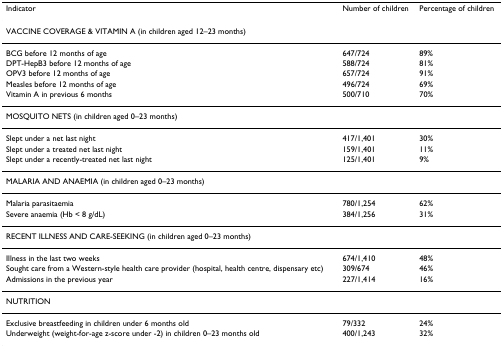
<table><thead><tr><td><b>Indicator</b></td><td><b>Number of children</b></td><td><b>Percentage of children</b></td></tr></thead><tbody><tr><td colspan="3">VACCINE COVERAGE &amp; VITAMIN A (in children aged 12–23 months)</td></tr><tr><td>BCG before 12 months of age</td><td>647/724</td><td>89%</td></tr><tr><td>DPT-HepB3 before 12 months of age</td><td>588/724</td><td>81%</td></tr><tr><td>OPV3 before 12 months of age</td><td>657/724</td><td>91%</td></tr><tr><td>Measles before 12 months of age</td><td>496/724</td><td>69%</td></tr><tr><td>Vitamin A in previous 6 months</td><td>500/710</td><td>70%</td></tr><tr><td colspan="3">MOSQUITO NETS (in children aged 0–23 months)</td></tr><tr><td>Slept under a net last night</td><td>417/1,401</td><td>30%</td></tr><tr><td>Slept under a treated net last night</td><td>159/1,401</td><td>11%</td></tr><tr><td>Slept under a recently-treated net last night</td><td>125/1,401</td><td>9%</td></tr><tr><td colspan="3">MALARIA AND ANAEMIA (in children aged 0–23 months)</td></tr><tr><td>Malaria parasitaemia</td><td>780/1,254</td><td>62%</td></tr><tr><td>Severe anaemia (Hb &lt; 8 g/dL)</td><td>384/1,256</td><td>31%</td></tr><tr><td colspan="3">RECENT ILLNESS AND CARE-SEEKING (in children aged 0–23 months)</td></tr><tr><td>Illness in the last two weeks</td><td>674/1,410</td><td>48%</td></tr><tr><td>Sought care from a Western-style health care provider (hospital, health centre, dispensary etc)</td><td>309/674</td><td>46%</td></tr><tr><td>Admissions in the previous year</td><td>227/1,414</td><td>16%</td></tr><tr><td colspan="3">NUTRITION</td></tr><tr><td>Exclusive breastfeeding in children under 6 months old</td><td>79/332</td><td>24%</td></tr><tr><td>Underweight (weight-for-age z-score under -2) in children 0–23 months old</td><td>400/1,243</td><td>32%</td></tr></tbody></table>